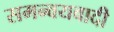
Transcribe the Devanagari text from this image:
समन्‍वयवादी